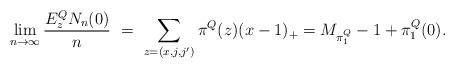
LaTeX: \begin{align*} \lim_{n\to\infty} \frac{E^Q_z N_n(0)}{n} \ = \ \sum_{z=(x,j,j')} \pi^Q (z)(x-1)_+=M_{\pi^Q_1}-1+\pi^Q_1(0). \end{align*}